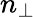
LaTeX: n_{\perp}